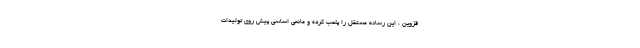
قزوین ، این رسانه مستقل را پلمب کرده و مانعی اساسی پیش روی تولیدات